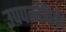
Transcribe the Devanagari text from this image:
उपपत्‍नींपैकी